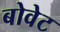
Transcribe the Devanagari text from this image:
बोवेट